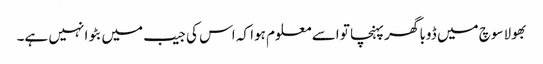
بھولاسوچ میں ڈوبا گھر پہنچا تو اسے معلوم ہوا کہ اس کی جیب میں بٹوا نہیں ہے۔